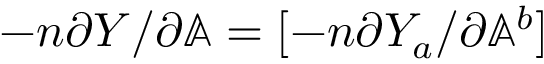
- n \partial Y / \partial \mathbb { A } = [ - n \partial Y _ { a } / \partial \mathbb { A } ^ { b } ]